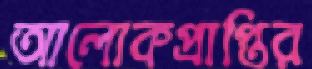
আলোকপ্রাপ্তির